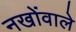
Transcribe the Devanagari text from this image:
नखोंवाले